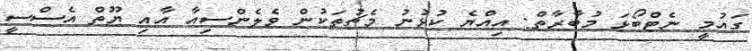
ގައުމީ ނެޓްބޯޅަ މުބާރާތް: އިއްޔެ ކުޅުނު މެޗުތަކުން ވެލެންސިއާ އާއި ޔޫތް އެސްސީ